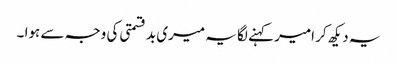
یہ دیکھ کر امیر کہنے لگا یہ میری بد قسمتی کی وجہ سے ہوا ۔